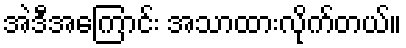
အဲဒီအကြောင်း အသာထားလိုက်တယ်။